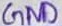
Text: GND